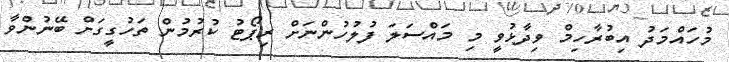
މުހައްމަދު އިބުރާހިމް ވިދާޅުވީ މި މައްސަލަ ފުލުހުންނަށް ރިޕޯޓު ކުރުމުން ތަހުގީގަށް ބޭނުންވާ